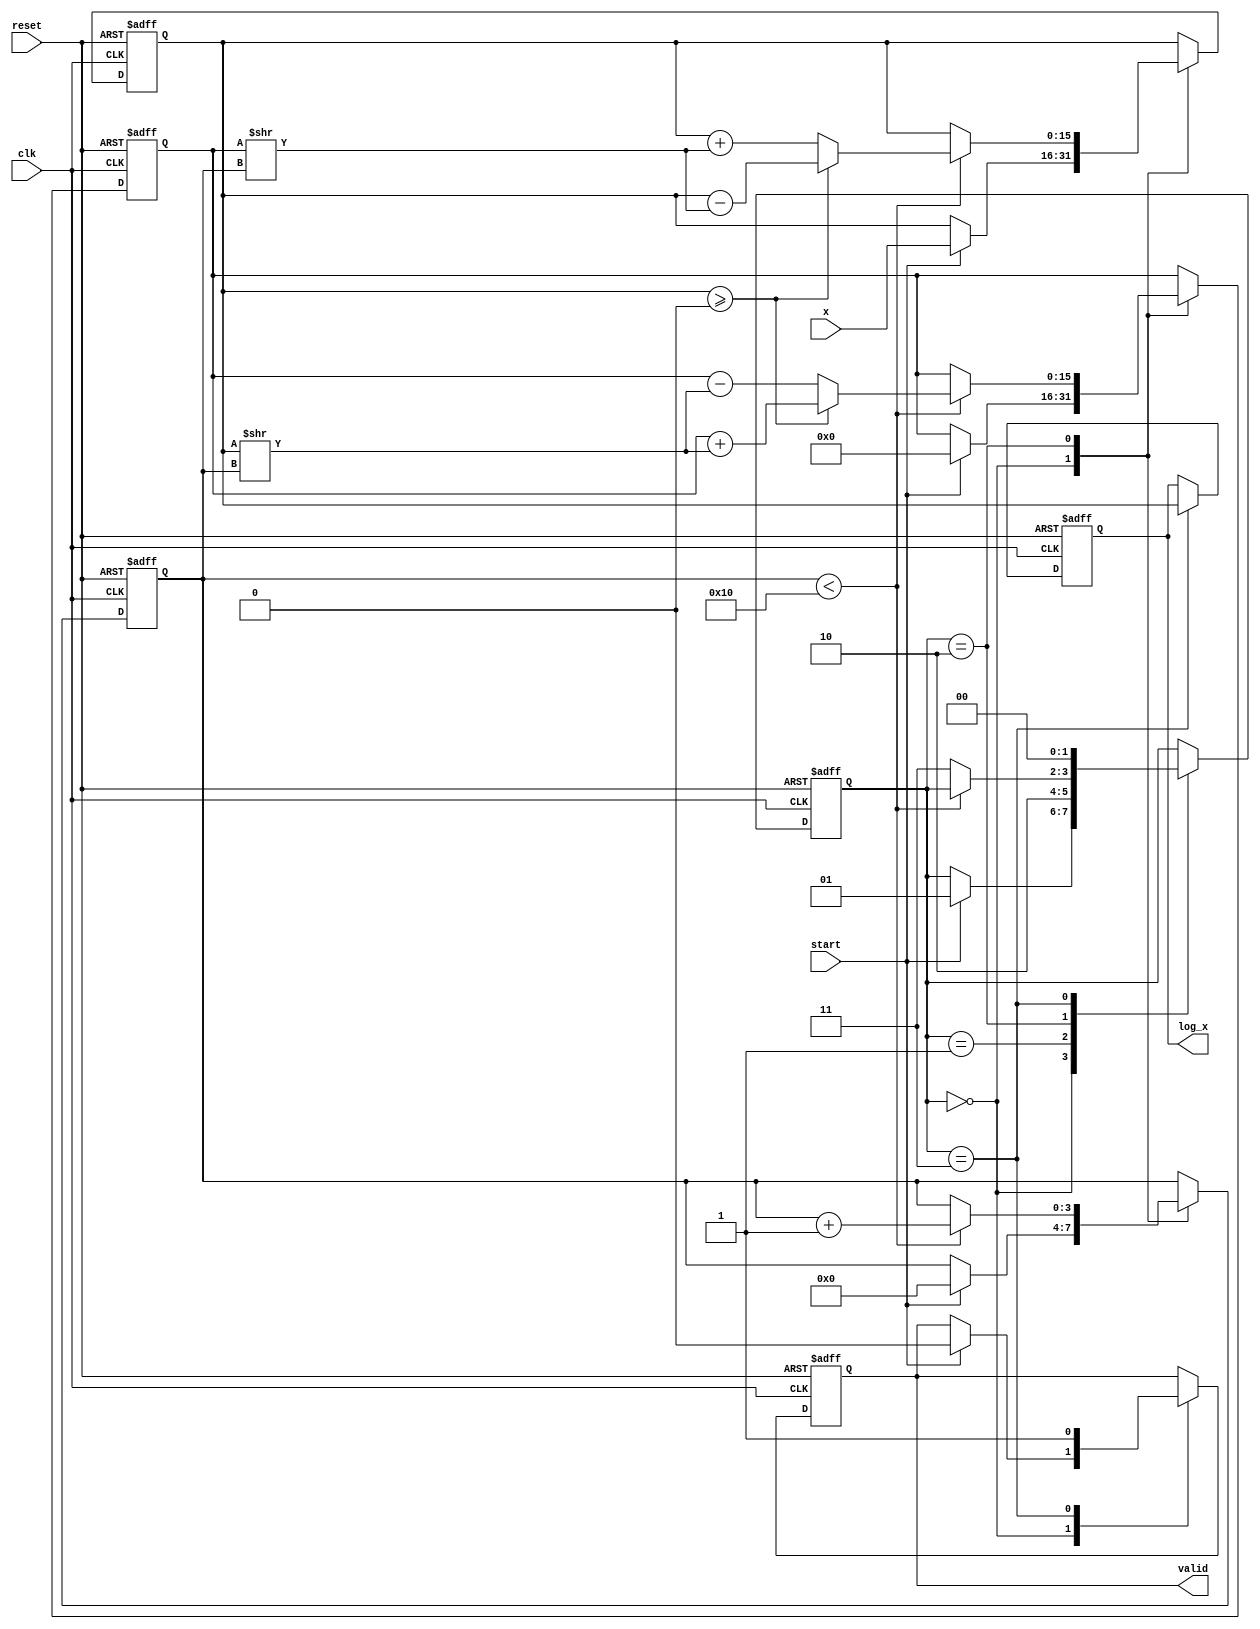
module cordic_logarithm (
    input wire [15:0] x,         // Input value (fixed-point representation)
    input wire clk,              // Clock signal
    input wire reset,            // Asynchronous reset
    input wire start,            // Start signal for computation
    output reg [15:0] log_x,     // Computed logarithm result
    output reg valid             // Output valid signal
);

    // Parameters
    parameter MAX_ITERATIONS = 16;     // Maximum number of iterations
    parameter FIXED_POINT_FRACTIONAL_BITS = 12; // Number of fractional bits

    // Internal signals
    reg [15:0] angle [0:MAX_ITERATIONS-1]; // LUT for arctangent values
    reg [15:0] current_x;                  // Current value of x
    reg [15:0] current_y;                  // Current value of y (initially 0)
    reg [3:0] iteration;                   // Iteration counter
    reg [1:0] state;                       // State of FSM

    // FSM States
    parameter IDLE = 2'b00;
    parameter INITIALIZE = 2'b01;
    parameter ITERATE = 2'b10;
    parameter OUTPUT = 2'b11;

    // Initialization of arctangent values
    initial begin
        angle[0] = 16'h0000; // atan(0) = 0
        angle[1] = 16'h0001; // atan(1) in fixed-point
        angle[2] = 16'h0002; // atan(2) in fixed-point
        // ... Initialize other angles ...
        angle[MAX_ITERATIONS-1] = 16'hFFFF; // Last angle
    end

    // FSM
    always @(posedge clk or posedge reset) begin
        if (reset) begin
            state <= IDLE;
            valid <= 0;
            iteration <= 0;
            current_x <= 0;
            current_y <= 0;
            log_x <= 0;
        end else begin
            case (state)
                IDLE: begin
                    if (start) begin
                        current_x <= x; // Load input
                        current_y <= 0; // Initialize y
                        iteration <= 0; // Reset iteration counter
                        valid <= 0; // Clear valid signal
                        state <= INITIALIZE; // Move to initialization
                    end
                end

                INITIALIZE: begin
                    // Initialize angle or other parameters here if needed
                    state <= ITERATE; // Move to iteration state
                end

                ITERATE: begin
                    if (iteration < MAX_ITERATIONS) begin
                        // CORDIC rotation logic
                        if (current_x >= 0) begin
                            // Perform rotation
                            current_x <= current_x - (current_y >> iteration);
                            current_y <= current_y + (current_x >> iteration);
                        end else begin
                            // Perform rotation in the opposite direction
                            current_x <= current_x + (current_y >> iteration);
                            current_y <= current_y - (current_x >> iteration);
                        end
                        iteration <= iteration + 1; // Increment iteration
                    end else begin
                        // Move to output state after maximum iterations
                        state <= OUTPUT;
                    end
                end

                OUTPUT: begin
                    log_x <= current_x; // Store the result
                    valid <= 1; // Signal that output is valid
                    state <= IDLE; // Return to IDLE state
                end
            endcase
        end
    end

endmodule